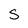
Character: S